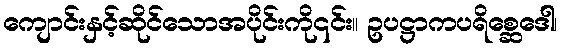
ကျောင်းနှင့်ဆိုင်သောအပိုင်းကို၎င်း။ ဥပဋ္ဌာကပရိစ္ဆေဒေါ၊